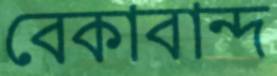
বেকাবান্দ